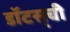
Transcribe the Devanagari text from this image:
डॉटस्‌ची